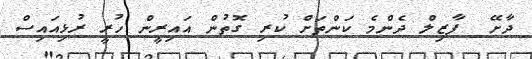
ދާށޭ  ފާޒިލް ދެންމެ ކަންތަށް ކުރި ގޮތުން އައިރީން ހުރީ ރުޅިއައިސް